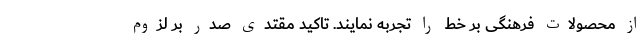
از محصولات فرهنگی بر خط را تجربه نمایند. تاکید مقتدی صدر بر لزوم